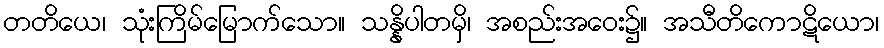
တတိယေ၊ သုံးကြိမ်မြောက်သော။ သန္နိပါတမှိ၊ အစည်းအဝေး၌။ အသီတိကောဋိယော၊